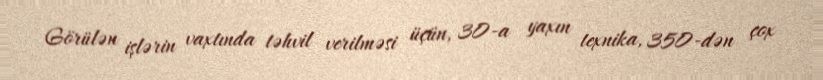
Görülən işlərin vaxtında təhvil verilməsi üçün, 30-a yaxın texnika, 350-dən çox